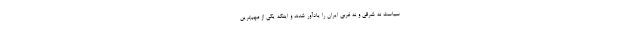
سیاست نه شرقی و نه غربی ایران را یادآور شدند و اینکه یکی از مهم‌ترین